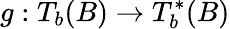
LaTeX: g:T_{b}(B)\rightarrow T_{b}^{\ast}(B)